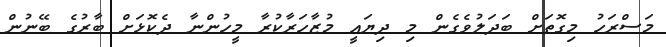
މަސްރަހު މިގޮތަށް ބަދަލުވެގެން މި ދިޔައީ މުޒާހަރާކުރާ މީހުންނާ ދެކޮޅަށް ބާރުގެ ބޭނުން